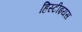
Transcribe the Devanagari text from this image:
हिस्टीइयस